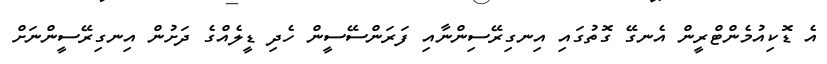
އެ ޑޮކިއުމެންޓްރީން އެނގޭ ގޮތުގައި އިނގިރޭސިންނާއި ފަރަންސޭސީން ހެދި ޑީލެއްގެ ދަށުން އިނގިރޭސީންނަށް